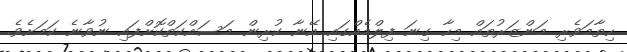
ހިތާމަވެރި މަންޒަރުތައް މިހާ ގިނަ ފިލްމެއްގައި އޭނާ ކުރިން މަސައްކަތްކޮށްފައި ނުވާނެ ކަމަށެވެ.